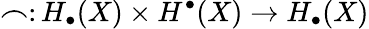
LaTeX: \frown\colon H_{\bullet}(X)\times H^{\bullet}(X)\to H_{\bullet}(X)